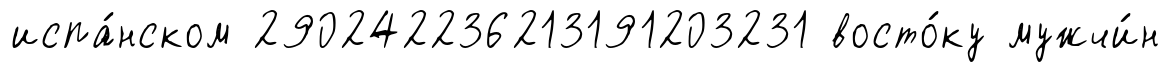
испа́нском 290242236213191203231 восто́ку мужчи́н